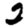
Digit: 2